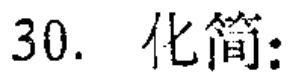
30. 化简: